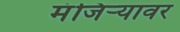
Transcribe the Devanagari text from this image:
मंजिऱ्यावर